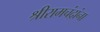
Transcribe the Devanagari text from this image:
श्रीरामचंद्रांना